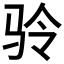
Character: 𲌅